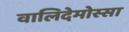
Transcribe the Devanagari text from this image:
वालिदेमोस्सा